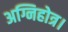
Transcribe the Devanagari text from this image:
अग्निहोत्र।